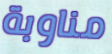
مناوبة